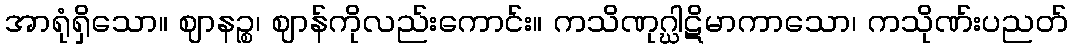
အာရုံရှိသော။ ဈာနဉ္စ၊ ဈာန်ကိုလည်းကောင်း။ ကသိဏုဂ္ဃါဋိမာကာသော၊ ကသိုဏ်းပညတ်